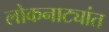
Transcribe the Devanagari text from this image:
लोकनाट्यांत